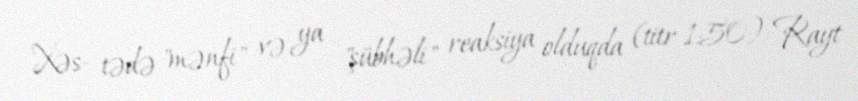
Xəs- tədə "mənfi" və ya "şübhəli" reaksiya olduqda (titr 1:50) Rayt